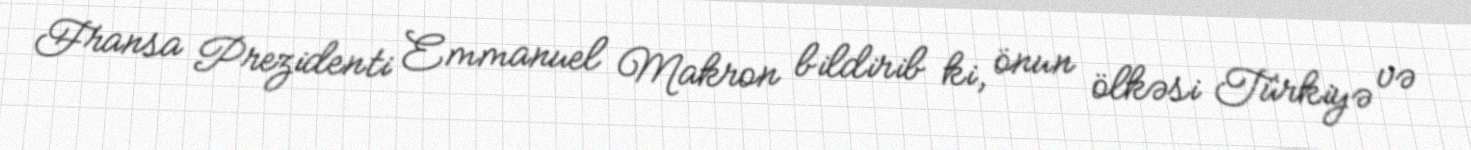
Fransa Prezidenti Emmanuel Makron bildirib ki, önun ölkəsi Türkiyə və